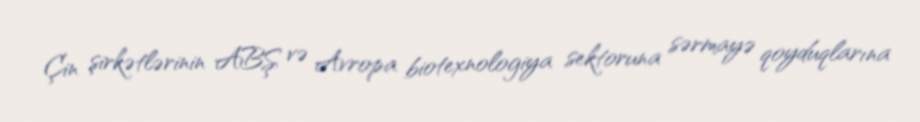
Çin şirkətlərinin ABŞ və Avropa biotexnologiya sektoruna sərmayə qoyduqlarına